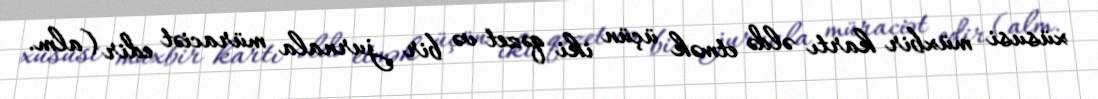
xüsusi müxbir kartı əldə etmək üçün iki qəzet və bir jurnala müraciət edir (alm.